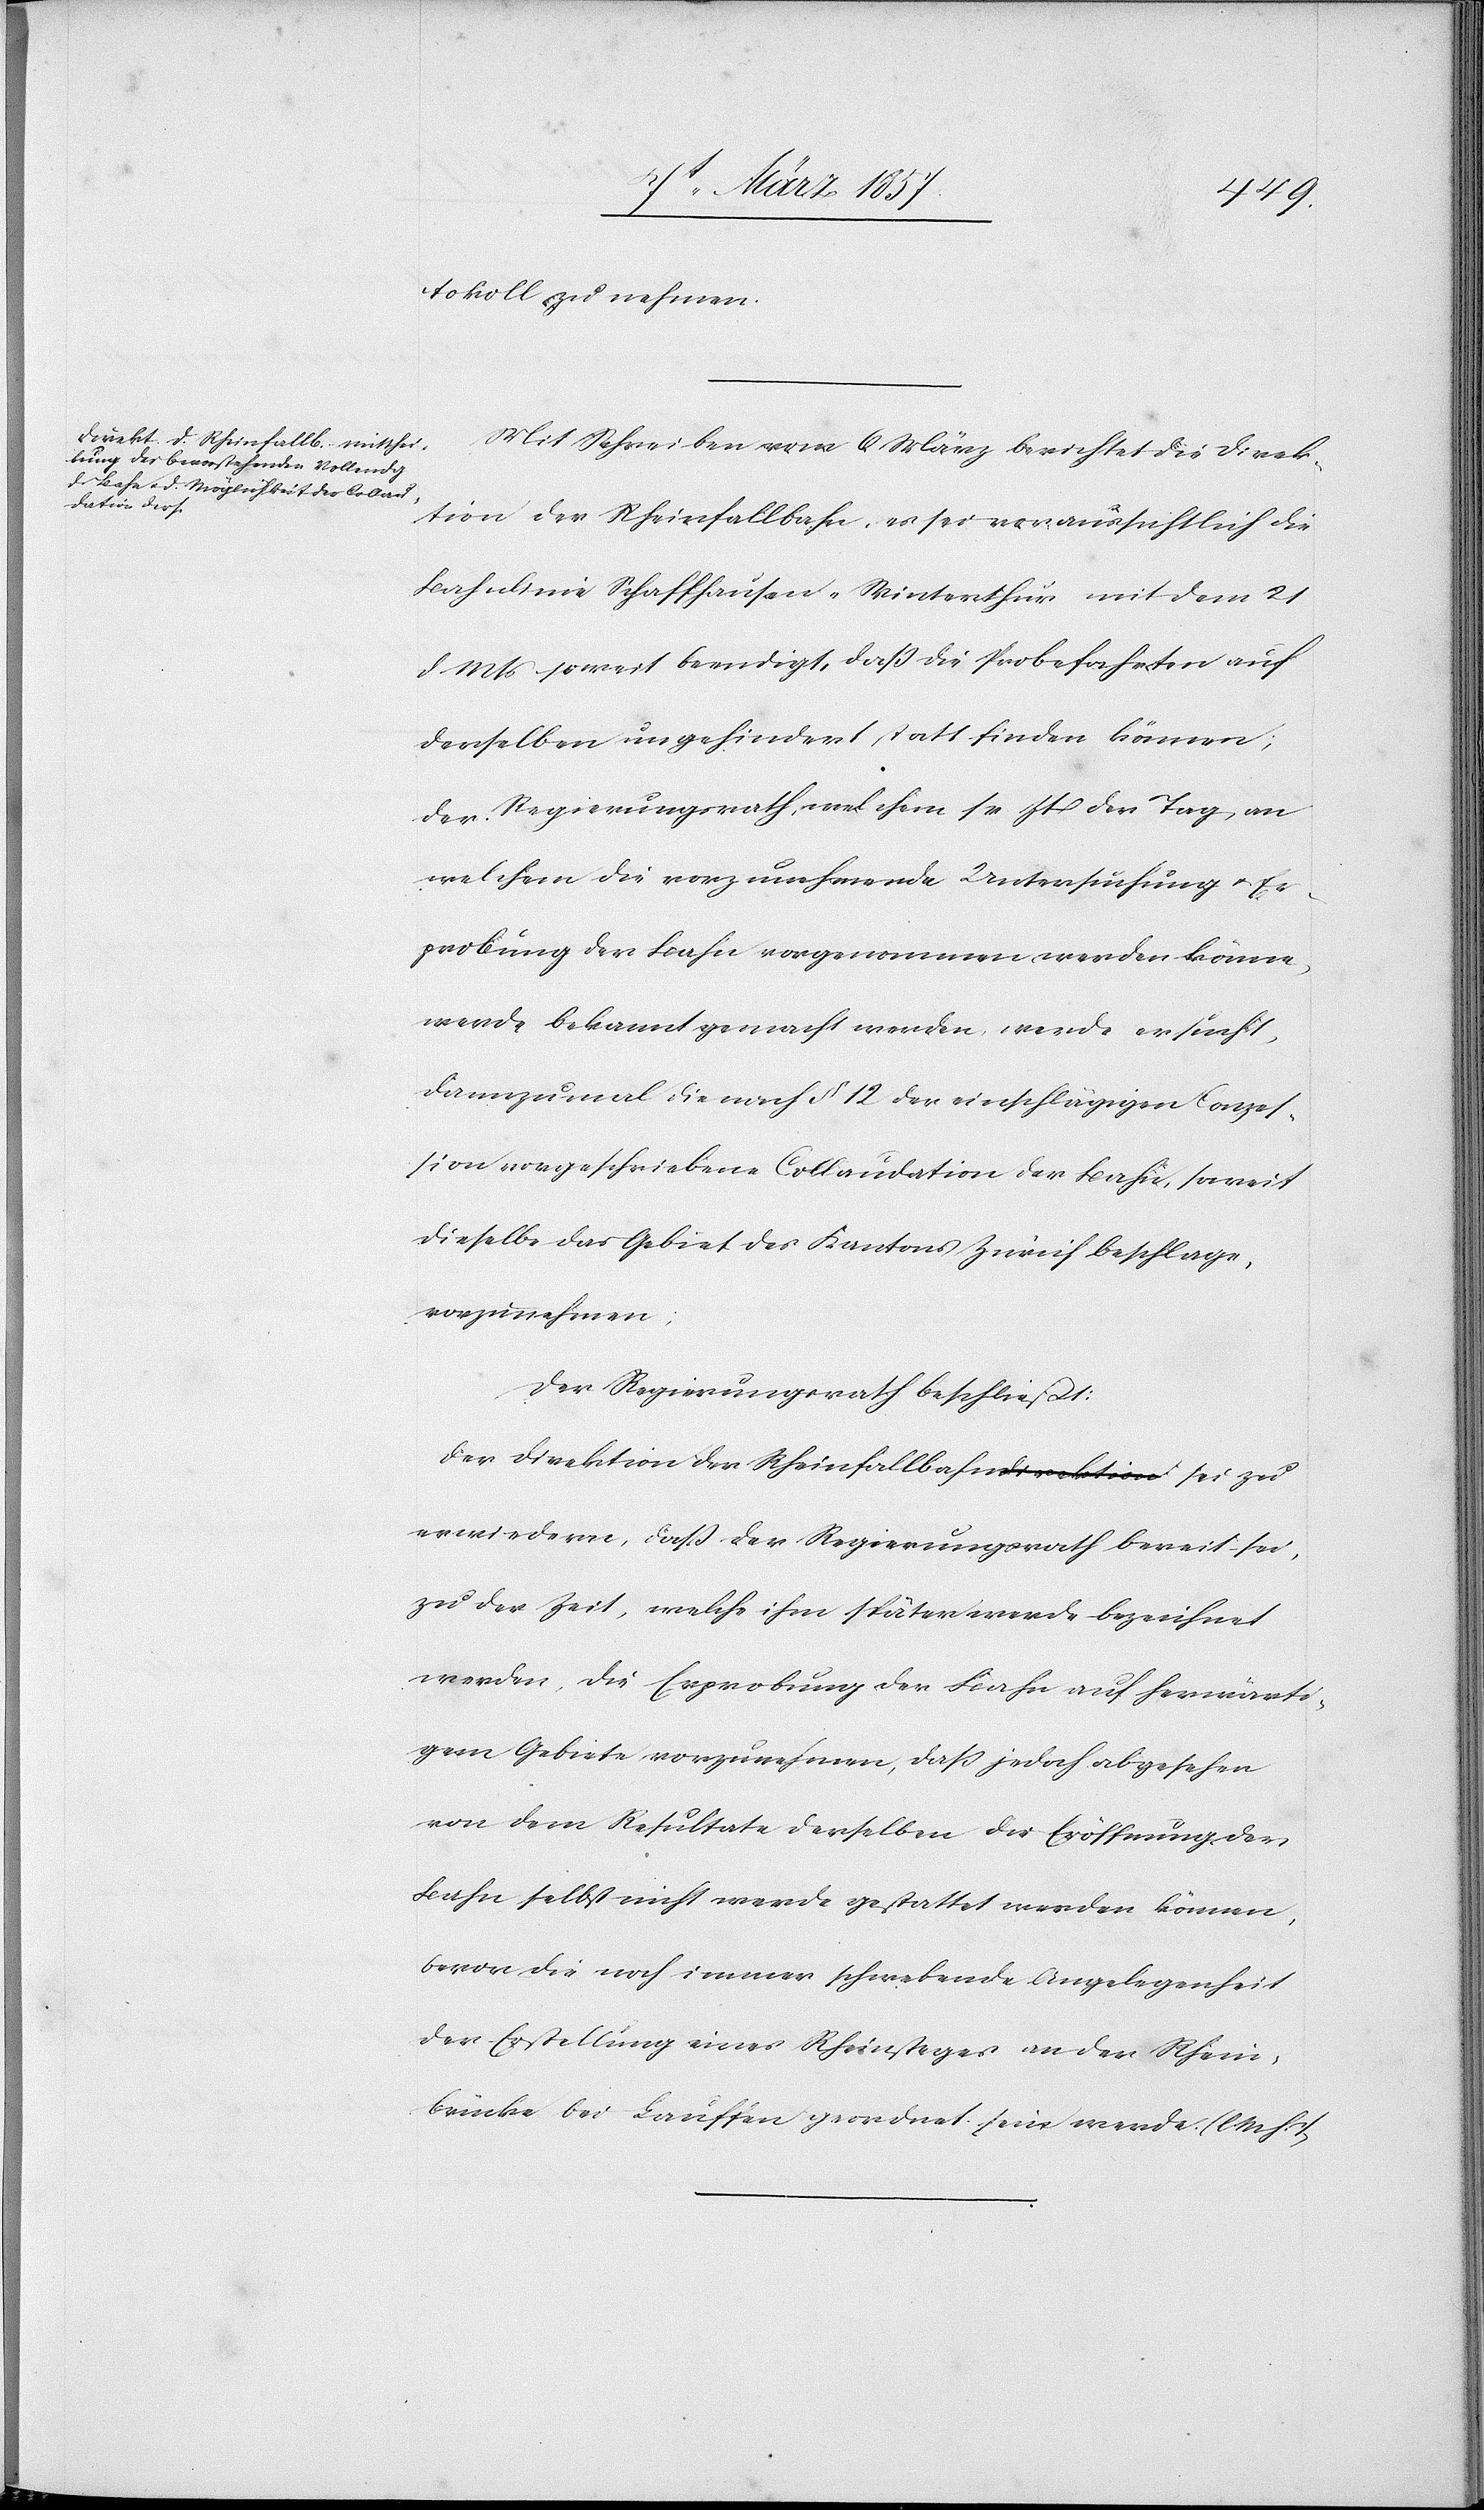
tokoll zu nehmen.
Mit Schreiben vom 6 März berichtet die Direk¬
tion der Rheinfallbahn, es sei voraussichtlich die
Bahnlinie Schaffhausen-Winterthur mit dem 21
d. Mts soweit beendigt, daß die Probefahrten auf
derselben ungehindert statt finden können;
der Regierungsrath, welchem sr Zt der Tag an
welchem die vorzunehmende Untersuchung u. Er¬
probung der Bahn vorgenommen werden könne,
werde bekannt gemacht werden, werde ersucht,
dannzumal die nach § 12 der einschlägigen Conzes¬
sion vorgeschriebene Collaudation der Bahn, soweit
dieselbe das Gebiet des Kantons Zürich beschlage,
vorzunehmen.
Der Regierungsrath beschließt:
Der Direktion der Rheinfallbahn sei zu erwiedern, daß der
zu der Zeit, welche ihm später werde bezeichnet
werden, die Erprobung der Bahn auf herwärti¬
gem Gebiete vorzunehmen, daß jedoch abgesehen
von dem Resultate derselben die Eröffnung der
Bahn selbst nicht werde gestattet werden können,
bevor die noch immer schwebende Angelegenheit
der Erstellung eines Rheinsteges an der Rhein¬
brücke bei Lauffen geordnet sein werde. (l M h